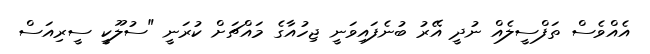
އެއްވެސް ތަފްސީލެއް ނުދީ އޭރު ބުނެފައިވަނީ ޖިހުއާގެ މައްޗަށް ކުރަނީ "ސުލޫކީ ސީރިއަސް